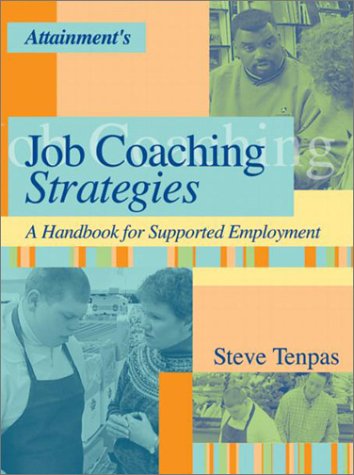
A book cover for Job Coaching Strategies: A Handbook for Supported Employment; Steve Tenpas; Business & Money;